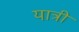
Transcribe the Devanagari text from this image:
यात्री